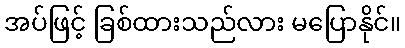
အပ်ဖြင့် ခြစ်ထားသည်လား မပြောနိုင်။